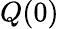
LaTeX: Q(0)